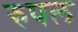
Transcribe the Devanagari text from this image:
रुपल